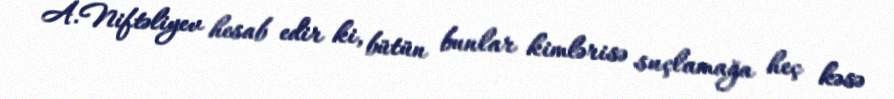
A.Niftəliyev hesab edir ki, bütün bunlar kimlərisə suçlamağa heç kəsə